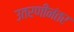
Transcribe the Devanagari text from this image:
उतरणीनंतर